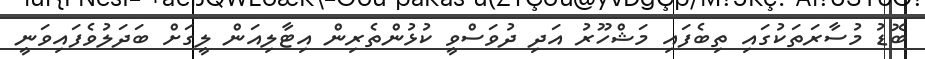
ބޮޑު މުސާރަތަކުގައި ތިބެފައި މަޝްހޫރު އަދި ދުވަސްވީ ކުޅުންތެރިން އިޓާލިއަން ލީގަށް ބަދަލުވެފައިވަނީ